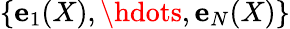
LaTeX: \{ \mathbf{e}_{1}(X),\hdots,\mathbf{e}_{N}(X)\}